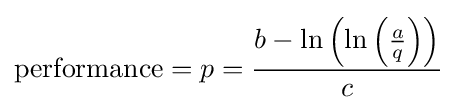
{\text{performance}}=p={\frac {b-\ln {\left(\ln {\left({\frac {a}{q}}\right)}\right)}}{c}}